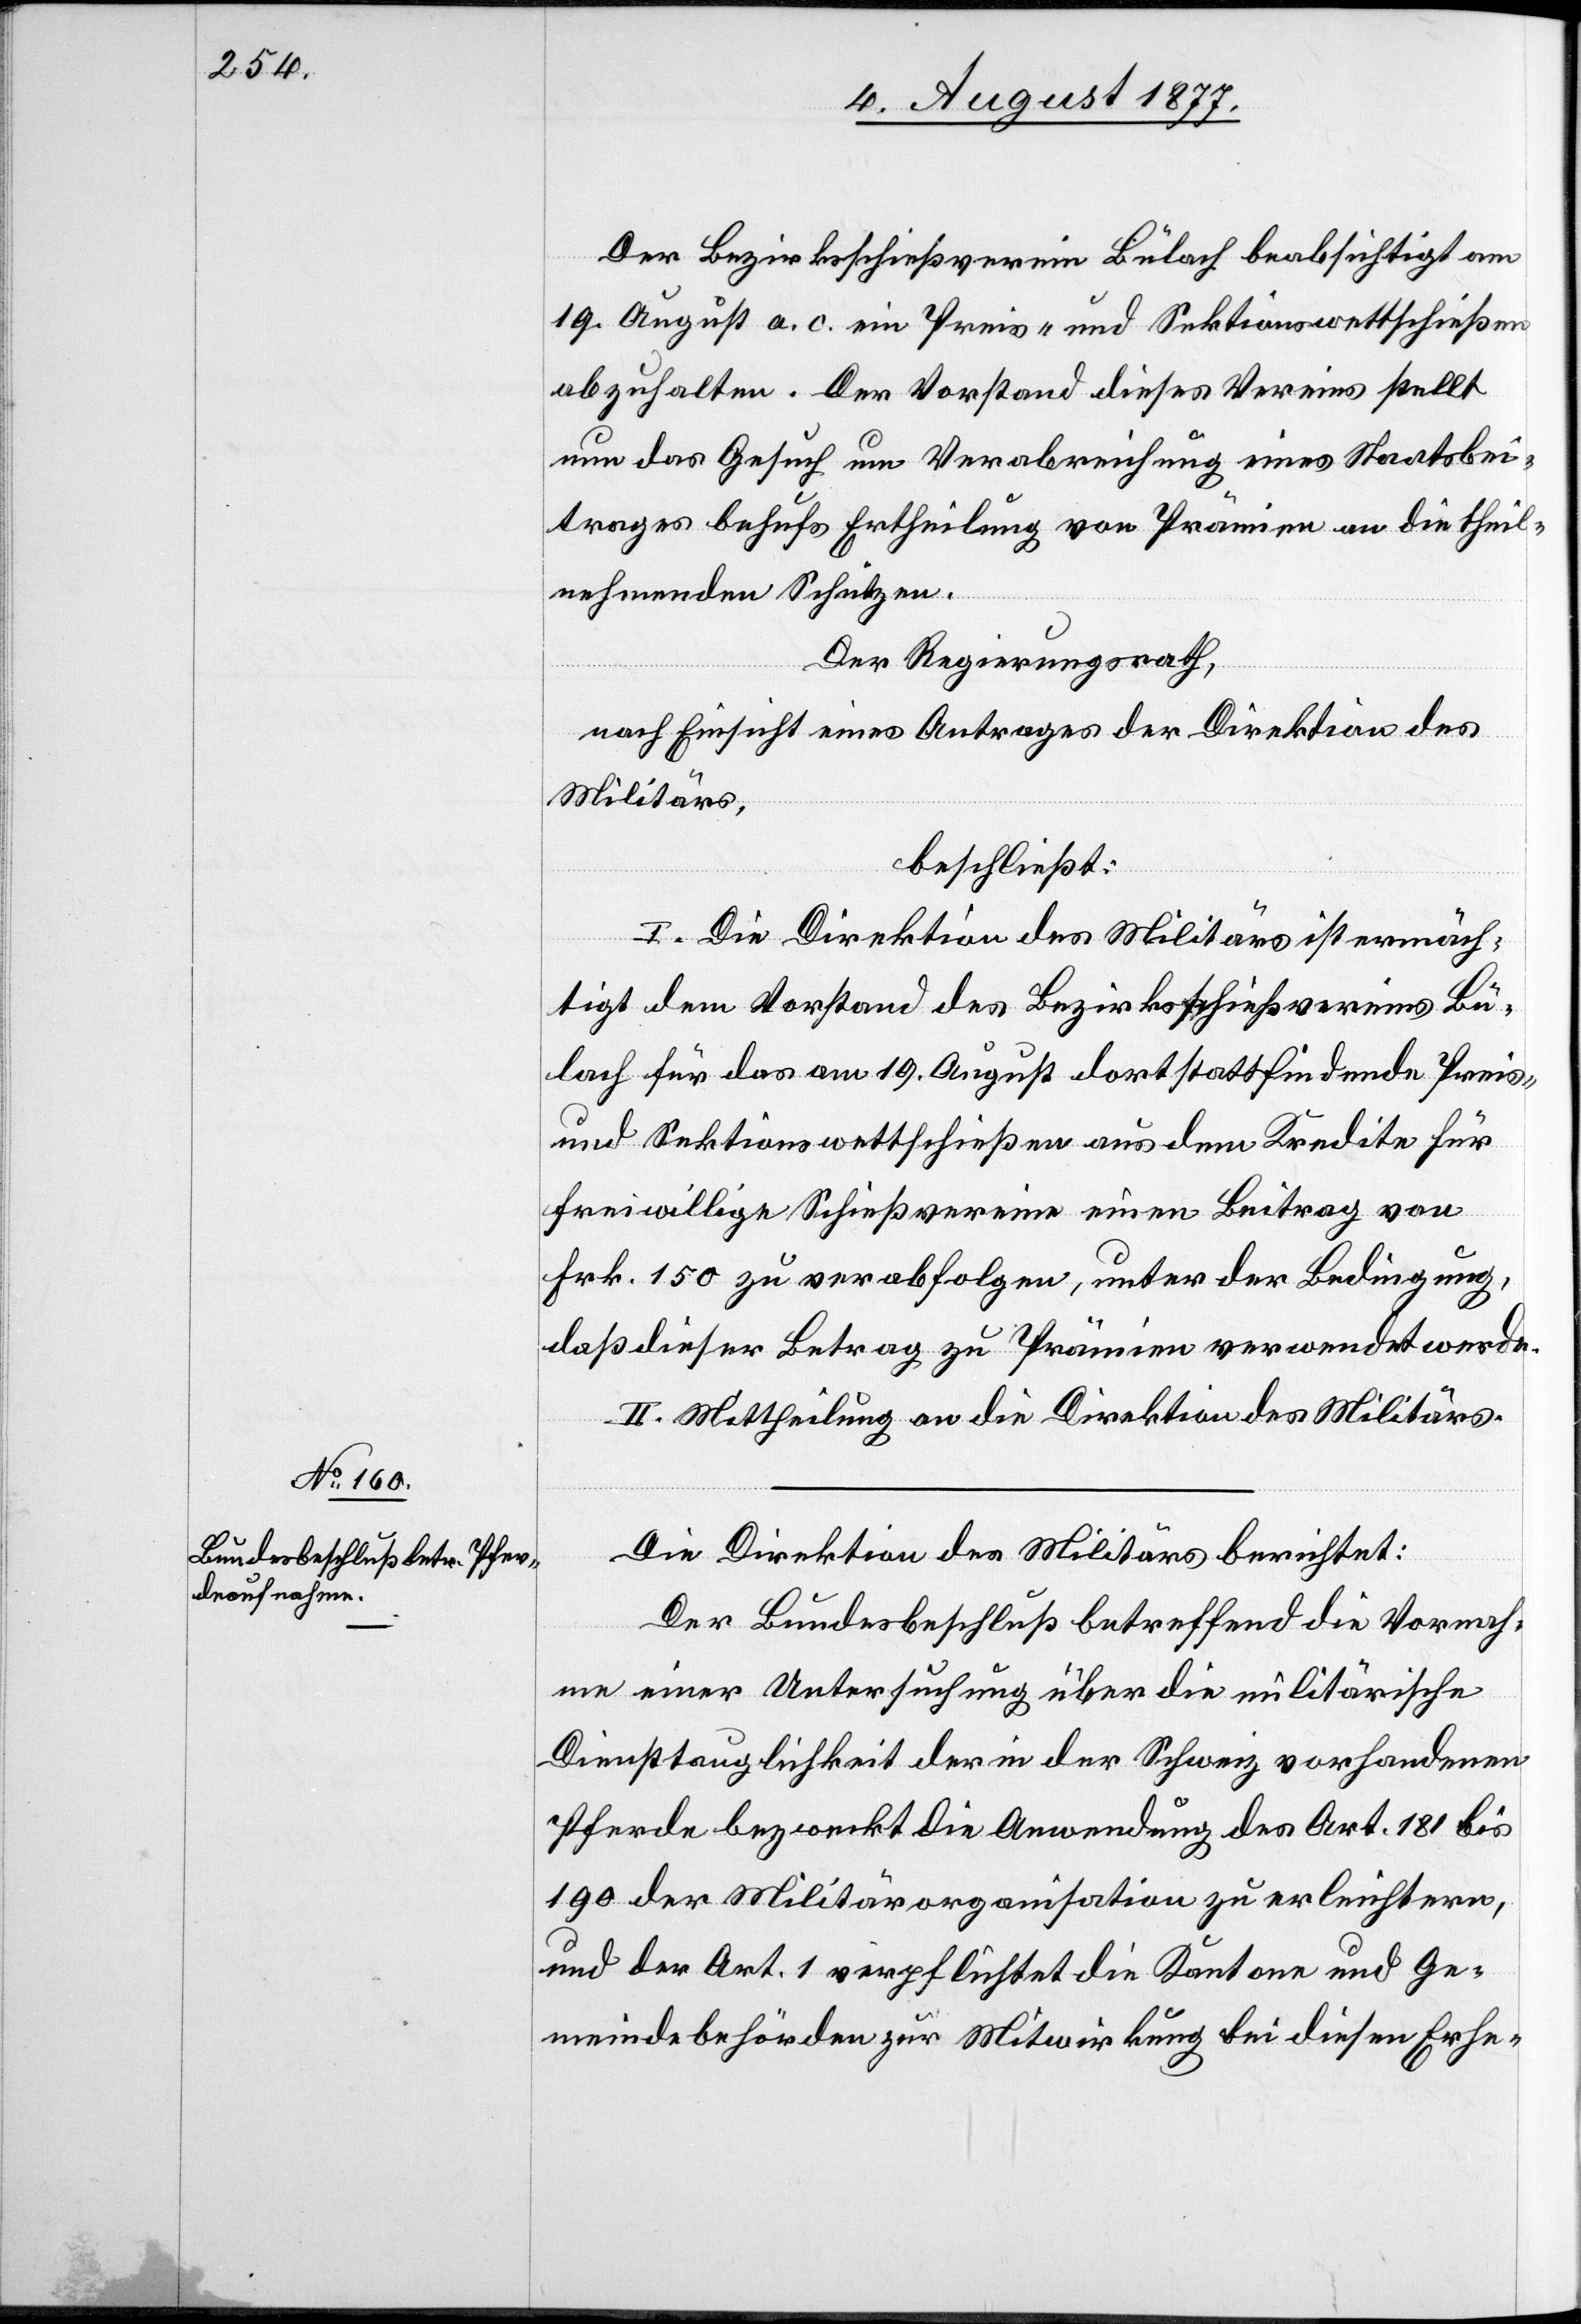
Der Bezirksschießverein Bülach beabsichtigt am
19. August a. c. ein Preis- und Sektionswettschießen
abzuhalten. Der Vorstand dieses Vereins stellt
nun das Gesuch um Verabreichung eines Staatsbei¬
trages behufs Ertheilung von Prämien an die theil¬
nehmenden Schützen.
Der Regierungsrath,
nach Einsicht eines Antrages der Direktion des
Militärs,
beschließt:
I. Die Direktion des Militärs ist ermäch¬
tigt dem Vorstand des Bezirksschießvereins Bü¬
lach für das am 19. August dort stattfindende Preis-
und Sektionswettschießen aus dem Kredite für
freiwillige Schießvereine einen Beitrag von
Frk. 150 zu verabfolgen, unter der Bedingung,
daß dieser Betrag zu Prämien verwendet werde.
II. Mittheilung an die Direktion des Militärs.
Die Direktion des Militärs berichtet:
Der Bundesbeschluß betreffend die Vornah¬
me einer Untersuchung über die militärische
Diensttauglichkeit der in der Schweiz vorhandenen
Pferde bezweckt die Anwendung des Art. 181 bis
190 der Militärorganisation zu erleichtern,
und der Art. 1 verpflichtet die Kantone und Ge¬
meindebehörden zur Mitwirkung bei diesen Erhe-